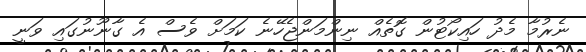
ނެރުމާ މެދު ހައިކޯޓުން ގޮތެއް ނިންމަންޖެހޭނެ ކަމަށް ވެސް އެ ގާނޫނުގައި ވަނީ